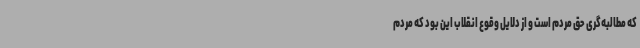
که مطالبه‌گری حق مردم است و از دلایل وقوع انقلاب این بود که مردم